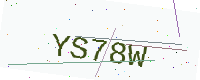
Text: YS78W